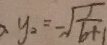
y _ { 2 } = - \sqrt { \frac { 1 } { 6 + 1 } }